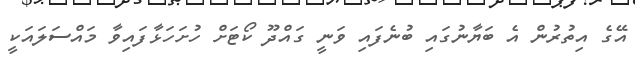
އޭގެ އިތުރުން އެ ބަޔާނުގައި ބުނެފައި ވަނީ ގައްދޫ ކޯޓަށް ހުށަހަޅާފައިވާ މައްސަލައަކީ